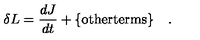
\delta L = \frac { d J } { d t } + \mathrm { \{ o t h e r t e r m s \} } \quad .